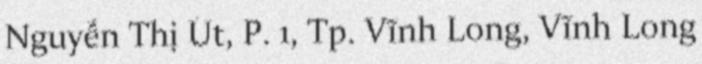
Nguyễn Thị Út, P. 1, Tp. Vĩnh Long, Vĩnh Long